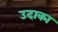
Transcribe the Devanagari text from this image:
उदाका